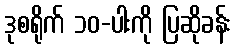
ဒုစရိုက် ၁၀-ပါးကို ပြဆိုခန်း